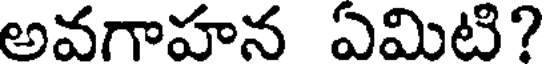
అవగాహన ఏమిటి?